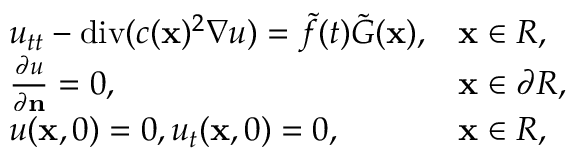
\begin{array} { r } { \begin{array} { l l } { u _ { t t } - \mathrm { d i v } ( c ( \mathbf x ) ^ { 2 } \nabla u ) = \tilde { f } ( t ) \tilde { G } ( \mathbf x ) , } & { \mathbf x \in R , } \\ { { \frac { \partial u } { \partial \mathbf n } } = 0 , } & { \mathbf x \in \partial R , } \\ { u ( \mathbf x , 0 ) = 0 , u _ { t } ( \mathbf x , 0 ) = 0 , } & { \mathbf x \in R , } \end{array} } \end{array}